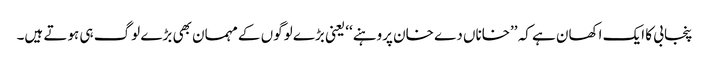
پنجابی کا ایک اکھان ہے کہ ’’خاناں دے خان پروہنے‘‘ یعنی بڑے لوگوں کے مہمان بھی بڑے لوگ ہی ہوتے ہیں۔